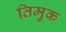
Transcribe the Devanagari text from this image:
तिमुक